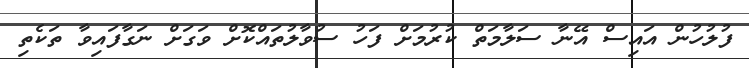
ފުލުހުން އައިސް އޭނާ ސަލާމަތް ކުރުމަށް ފަހު ސުވާލުތައްކޮށް ވަގަށް ނަގާފައިވާ ތަކެތި